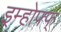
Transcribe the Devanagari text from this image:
इम्होफ्फ्